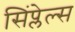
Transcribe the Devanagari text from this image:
सिंप्लेल्स